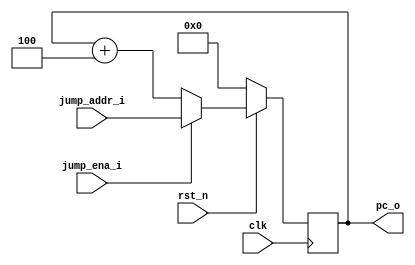
module pc_reg (
    input clk,
    input rst_n,

    input wire[31:0] jump_addr_i,
    input wire       jump_ena_i,
    output reg[31:0] pc_o
);
    always @(posedge clk ) begin
        if(!rst_n)
            pc_o <= 32'b0;
        else if(jump_ena_i)
            pc_o <= jump_addr_i;
        else
            pc_o <= pc_o + 32'd4;
    end

endmodule //pc_reg